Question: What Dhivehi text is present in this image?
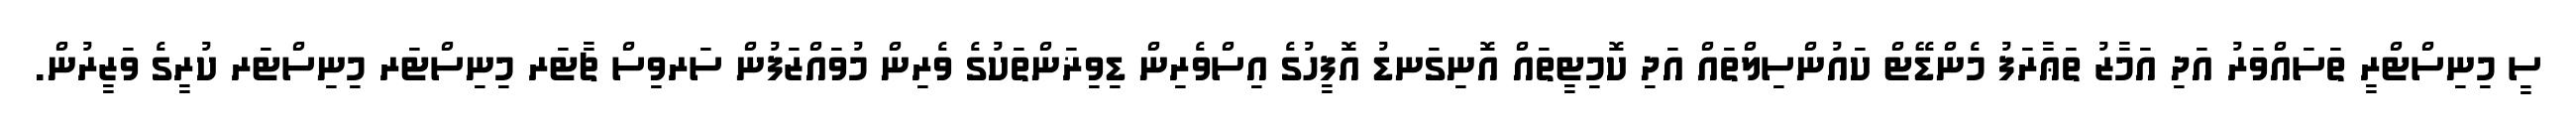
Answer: ސީ މިނިސްޓްރީ ތަސައްވަރު އަދި އަމާޒު ތަޢާރަފު މެންޑޭޓް ކައުންސިލްތައް އަދި ކޮމިޓީތައް އޮނިގަނޑު އޮފީހުގެ އިސްވެރިން ޑިވިޜަންތަކުގެ ވެރިން މުވައްޒަފުން ސަރވިސް ޗާޓަރ މިނިސްޓަރ މިނިސްޓަރ ކުރީގެ ވަޒީރުން.